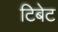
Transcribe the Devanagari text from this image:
टिबेट